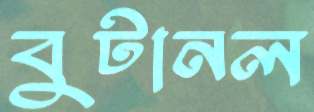
বুটানল